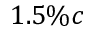
1 . 5 \% c